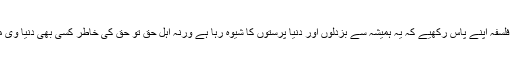
اللہ کے لیے نفع و نقصان کا فلسفہ اپنے پاس رکھیے کہ یہ ہمیشہ سے بزدلوں اور دنیا پرستوں کا شیوہ رہا ہے ورنہ اہل حق تو حق کی خاطر کسی بھی دنیا وی مصلحت سے بلند ہوتے ہیں ۔